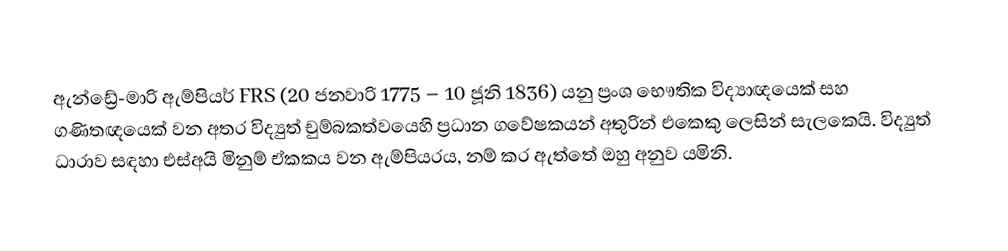
ඇන්ඩ්‍රේ-මාරි ඇම්පියර් FRS (20 ජනවාරි 1775 – 10 ජූනි 1836) යනු ප්‍රංශ භෞතික විද්‍යාඥයෙක් සහ ගණිතඥයෙක්  වන අතර විද්‍යුත් චුම්බකත්වයෙහි ප්‍රධාන ගවේෂකයන් අතුරින් එකෙකු ලෙසින් සැලකෙයි. විද්‍යුත් ධාරාව සඳහා එස්අයි මිනුම් ඒකකය වන ඇම්පියරය, නම් කර ඇත්තේ ඔහු අනුව යමිනි.